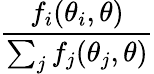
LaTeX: \frac{f_{i}(\theta_{i},\theta)}{\sum_{j}f_{j}(\theta_{j},\theta)}